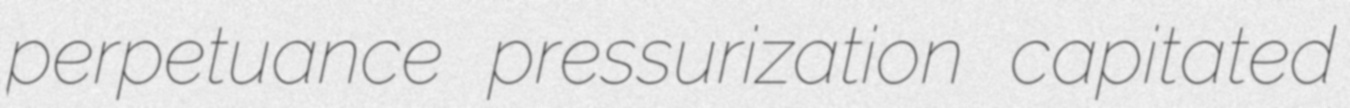
perpetuance pressurization capitated